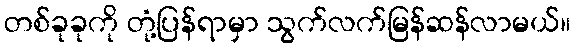
တစ်ခုခုကို တုံ့ပြန်ရာမှာ သွက်လက်မြန်ဆန်လာမယ်။